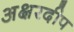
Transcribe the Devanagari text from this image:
अक्षरदीप